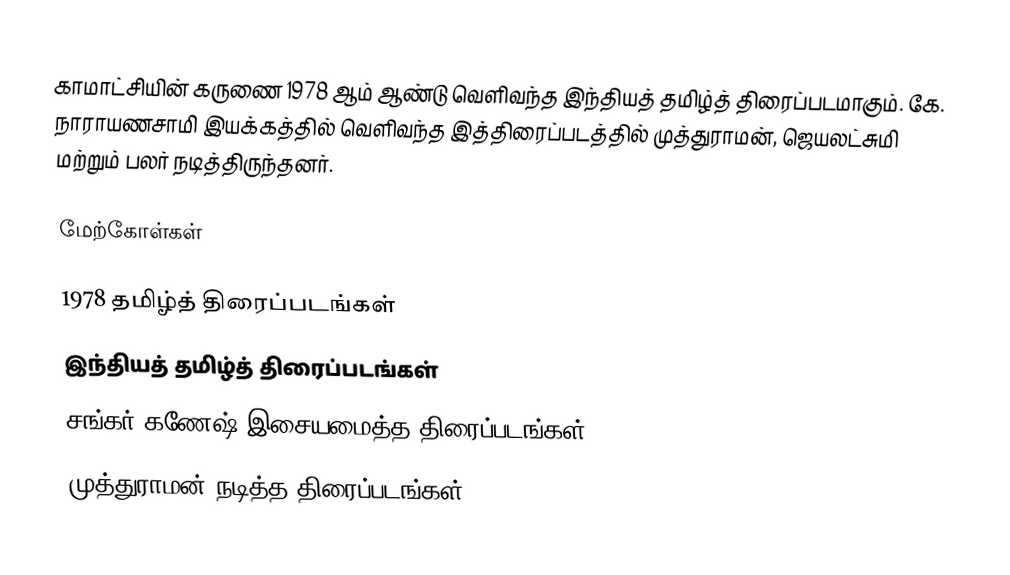
காமாட்சியின் கருணை 1978 ஆம் ஆண்டு வெளிவந்த இந்தியத் தமிழ்த் திரைப்படமாகும்.  கே. நாராயணசாமி இயக்கத்தில் வெளிவந்த இத்திரைப்படத்தில் முத்துராமன், ஜெயலட்சுமி மற்றும் பலர் நடித்திருந்தனர்.

மேற்கோள்கள்

1978 தமிழ்த் திரைப்படங்கள்
இந்தியத் தமிழ்த் திரைப்படங்கள்
சங்கர் கணேஷ் இசையமைத்த திரைப்படங்கள்
முத்துராமன் நடித்த திரைப்படங்கள்